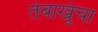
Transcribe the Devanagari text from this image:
तंबाखूंचा